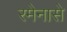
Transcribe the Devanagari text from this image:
रमेनासे